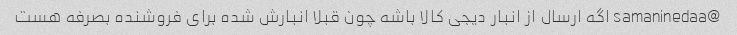
@samaninedaa اگه ارسال از انبار دیجی کالا باشه چون قبلا انبارش شده برای فروشنده بصرفه هست